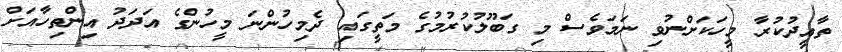
ތާއީދުކުރާ މީހަކަށްނުވި ނަމަވެސް މި ގަބޫލުކުރުމުގެ މަތީގައި ދެމިހުންނަ މީހުންގެ އަދަދު އިންތިހާއަށް